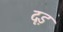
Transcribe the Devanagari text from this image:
दृड़